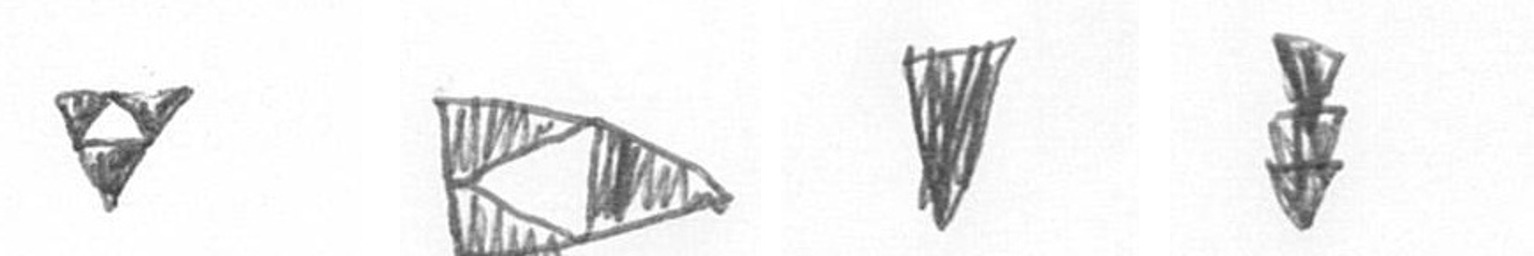
S K J E